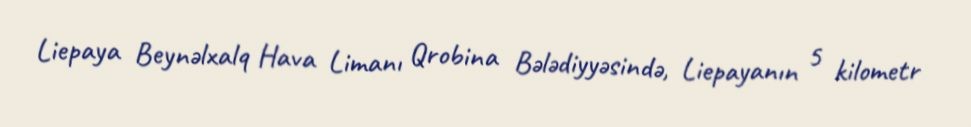
Liepaya Beynəlxalq Hava Limanı Qrobina Bələdiyyəsində, Liepayanın 5 kilometr